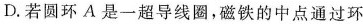
D.若圆环A是一超导线圈,磁铁的中点通过环